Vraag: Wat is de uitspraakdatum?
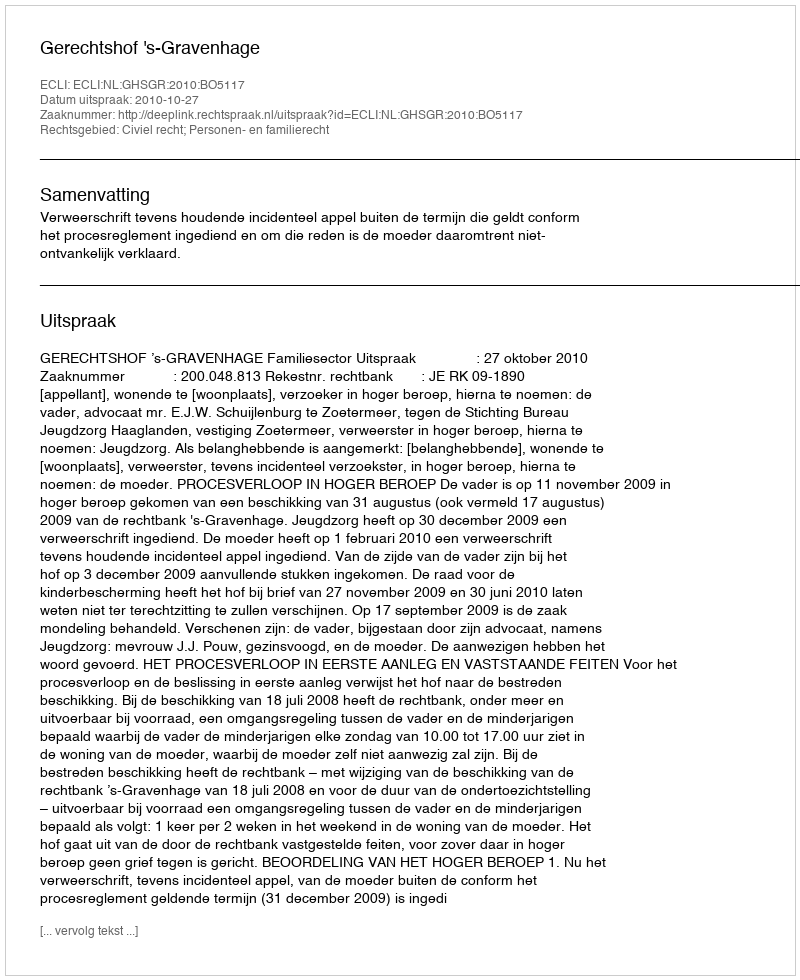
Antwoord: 2010-10-27